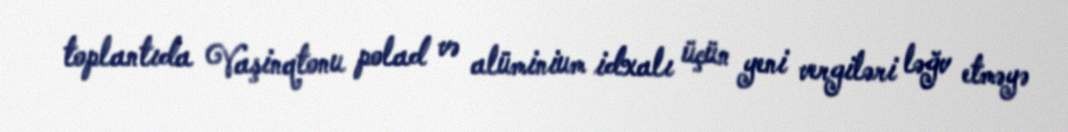
toplantıda Vaşinqtonu polad və alüminium idxalı üçün yeni vergiləri ləğv etməyə